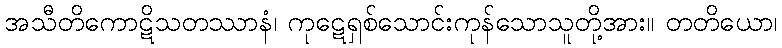
အသီတိကောဋိသတဿာနံ၊ ကုဋေရှစ်သောင်းကုန်သောသူတို့အား။ တတိယော၊